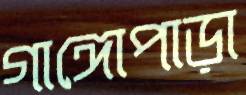
গাঙ্গোপাড়া